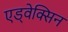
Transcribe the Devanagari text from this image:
एड्वेक्सिन